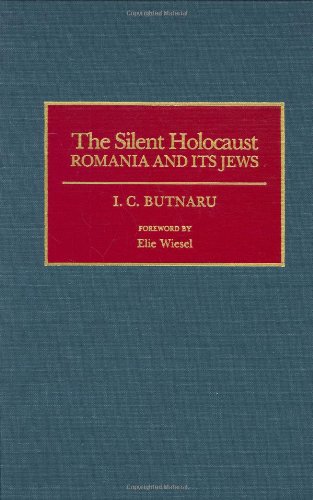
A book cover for The Silent Holocaust: Romania and Its Jews (Contributions to the Study of World History); Rene Spodheim; History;